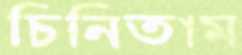
চিনিতাম